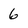
Character: 6